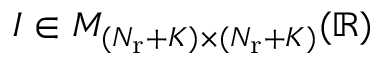
I \in { \cal M } _ { ( N _ { \mathrm { r } } + K ) \times ( N _ { \mathrm { r } } + K ) } ( \mathbb { R } )